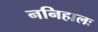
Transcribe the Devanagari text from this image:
ननिहालः